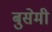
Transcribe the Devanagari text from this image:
बुसेमी